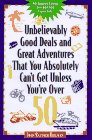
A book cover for Unbelievably Good Deals and Great Adve 9ED (Unbelievably Good Deals and Great Adventures That You Absolutely Can't Get Unless You're Over 50); Joan R Heilman; Travel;